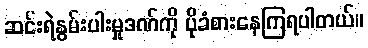
ဆင်းရဲနွမ်းပါးမှုဒဏ်ကို ပိုခံစားနေကြရပါတယ်။